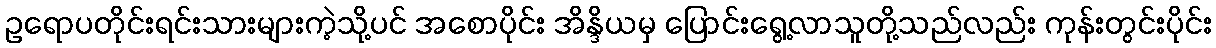
ဥရောပတိုင်းရင်းသားများကဲ့သို့ပင် အစောပိုင်း အိန္ဒိယမှ ပြောင်းရွေ့လာသူတို့သည်လည်း ကုန်းတွင်းပိုင်း